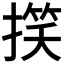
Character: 𢲑